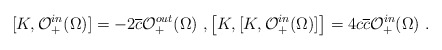
\begin{align*}[K,\mathcal{O}^{in}_+(\Omega)]=-2\overline{c}\mathcal{O}_+^{out}(\Omega) \ , \left[K,[K,\mathcal{O}_+^{in}(\Omega)]\right]=4c\overline{c}\mathcal{O}_+^{in}(\Omega) \ .\end{align*}